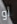
أو